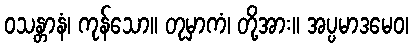
ဝသန္တာနံ၊ ကုန်သော။ တုမှာကံ၊ တို့အား။ အပ္ပမာဒမေဝ၊